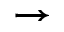
\rightarrow